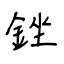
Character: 銼